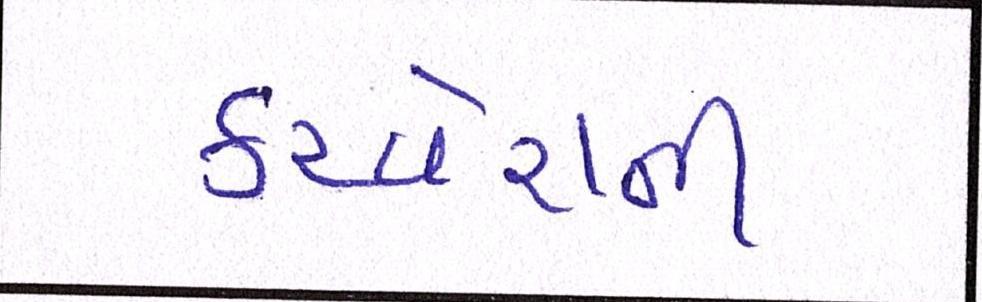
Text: કરવેરાની